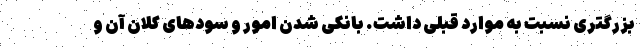
بزرگتری نسبت به موارد قبلی داشت. بانکی شدن امور و سودهای کلان آن و